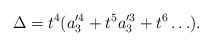
LaTeX: \begin{align*}\Delta = t^4(a_3'^4+t^5a_3'^3+t^6\hdots).\end{align*}